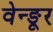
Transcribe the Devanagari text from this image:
वेन्ङूर